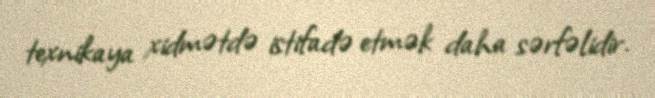
texnikaya xidmətdə istifadə etmək daha sərfəlidir.